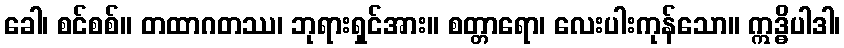
ခေါ၊ စင်စစ်။ တထာဂတဿ၊ ဘုရားရှင်အား။ စတ္တာရော၊ လေးပါးကုန်သော။ ဣဒ္ဓိပါဒါ၊